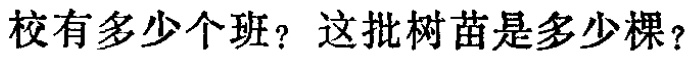
校有多少个班？这批树苗是多少棵？